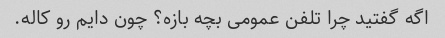
اگه گفتید چرا تلفن عمومی بچه بازه؟ چون دایم رو کاله.